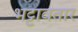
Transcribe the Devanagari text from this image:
भट्टावतार